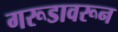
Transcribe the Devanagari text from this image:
गरूडावरून